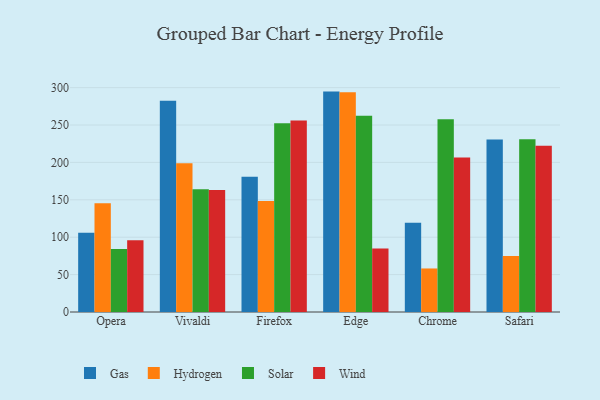
{"axis": {"x": "Browser", "y": "Waste Production (Tons)"}, "legend": ["Gas", "Hydrogen", "Solar", "Wind"], "data": [{"x": "Opera", "y": 105.8, "type": "Gas"}, {"x": "Opera", "y": 145.5, "type": "Hydrogen"}, {"x": "Opera", "y": 84.1, "type": "Solar"}, {"x": "Opera", "y": 96.1, "type": "Wind"}, {"x": "Vivaldi", "y": 282.4, "type": "Gas"}, {"x": "Vivaldi", "y": 199.0, "type": "Hydrogen"}, {"x": "Vivaldi", "y": 164.0, "type": "Solar"}, {"x": "Vivaldi", "y": 163.1, "type": "Wind"}, {"x": "Firefox", "y": 181.0, "type": "Gas"}, {"x": "Firefox", "y": 148.4, "type": "Hydrogen"}, {"x": "Firefox", "y": 252.4, "type": "Solar"}, {"x": "Firefox", "y": 256.2, "type": "Wind"}, {"x": "Edge", "y": 294.7, "type": "Gas"}, {"x": "Edge", "y": 293.9, "type": "Hydrogen"}, {"x": "Edge", "y": 262.5, "type": "Solar"}, {"x": "Edge", "y": 84.8, "type": "Wind"}, {"x": "Chrome", "y": 119.3, "type": "Gas"}, {"x": "Chrome", "y": 58.2, "type": "Hydrogen"}, {"x": "Chrome", "y": 257.8, "type": "Solar"}, {"x": "Chrome", "y": 206.7, "type": "Wind"}, {"x": "Safari", "y": 230.6, "type": "Gas"}, {"x": "Safari", "y": 75.0, "type": "Hydrogen"}, {"x": "Safari", "y": 231.1, "type": "Solar"}, {"x": "Safari", "y": 222.3, "type": "Wind"}]}